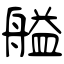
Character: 艗